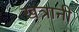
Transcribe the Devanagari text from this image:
खत्रानी